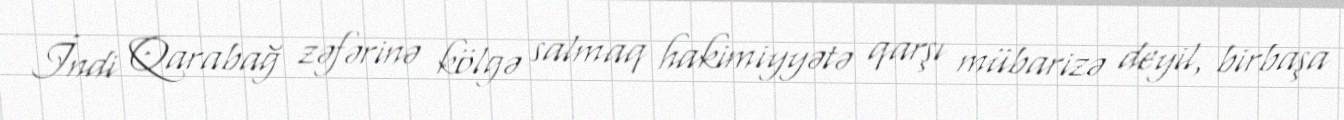
İndi Qarabağ zəfərinə kölgə salmaq hakimiyyətə qarşı mübarizə deyil, birbaşa